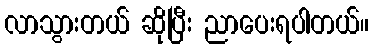
လာသွားတယ် ဆိုပြီး ညာပေးရပါတယ်။